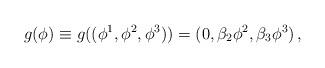
LaTeX: \begin{align*} g(\phi)\equiv g((\phi^1,\phi^2,\phi^3))=(0,\beta_2 \phi^2,\beta_3 \phi^3)\, , \end{align*}